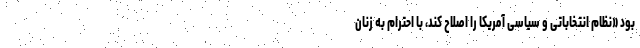
بود «نظام انتخاباتی و سیاسی آمریکا را اصلاح کند، با احترام به زنان